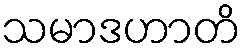
သမာဒဟာတိ